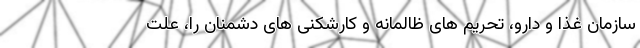
سازمان غذا و دارو، تحریم های ظالمانه و کارشکنی های دشمنان را، علت